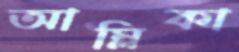
আম্লিকা